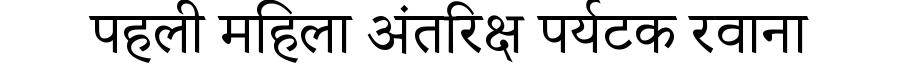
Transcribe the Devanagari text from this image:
पहली महिला अंतरिक्ष पर्यटक रवाना